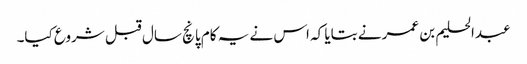
عبدالحلیم بن عمر نے بتایا کہ اس نے یہ کام پانچ سال قبل شروع کیا۔